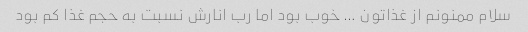
سلام ممنونم از غذاتون … خوب بود اما رب انارش نسبت به حجم غذا کم بود